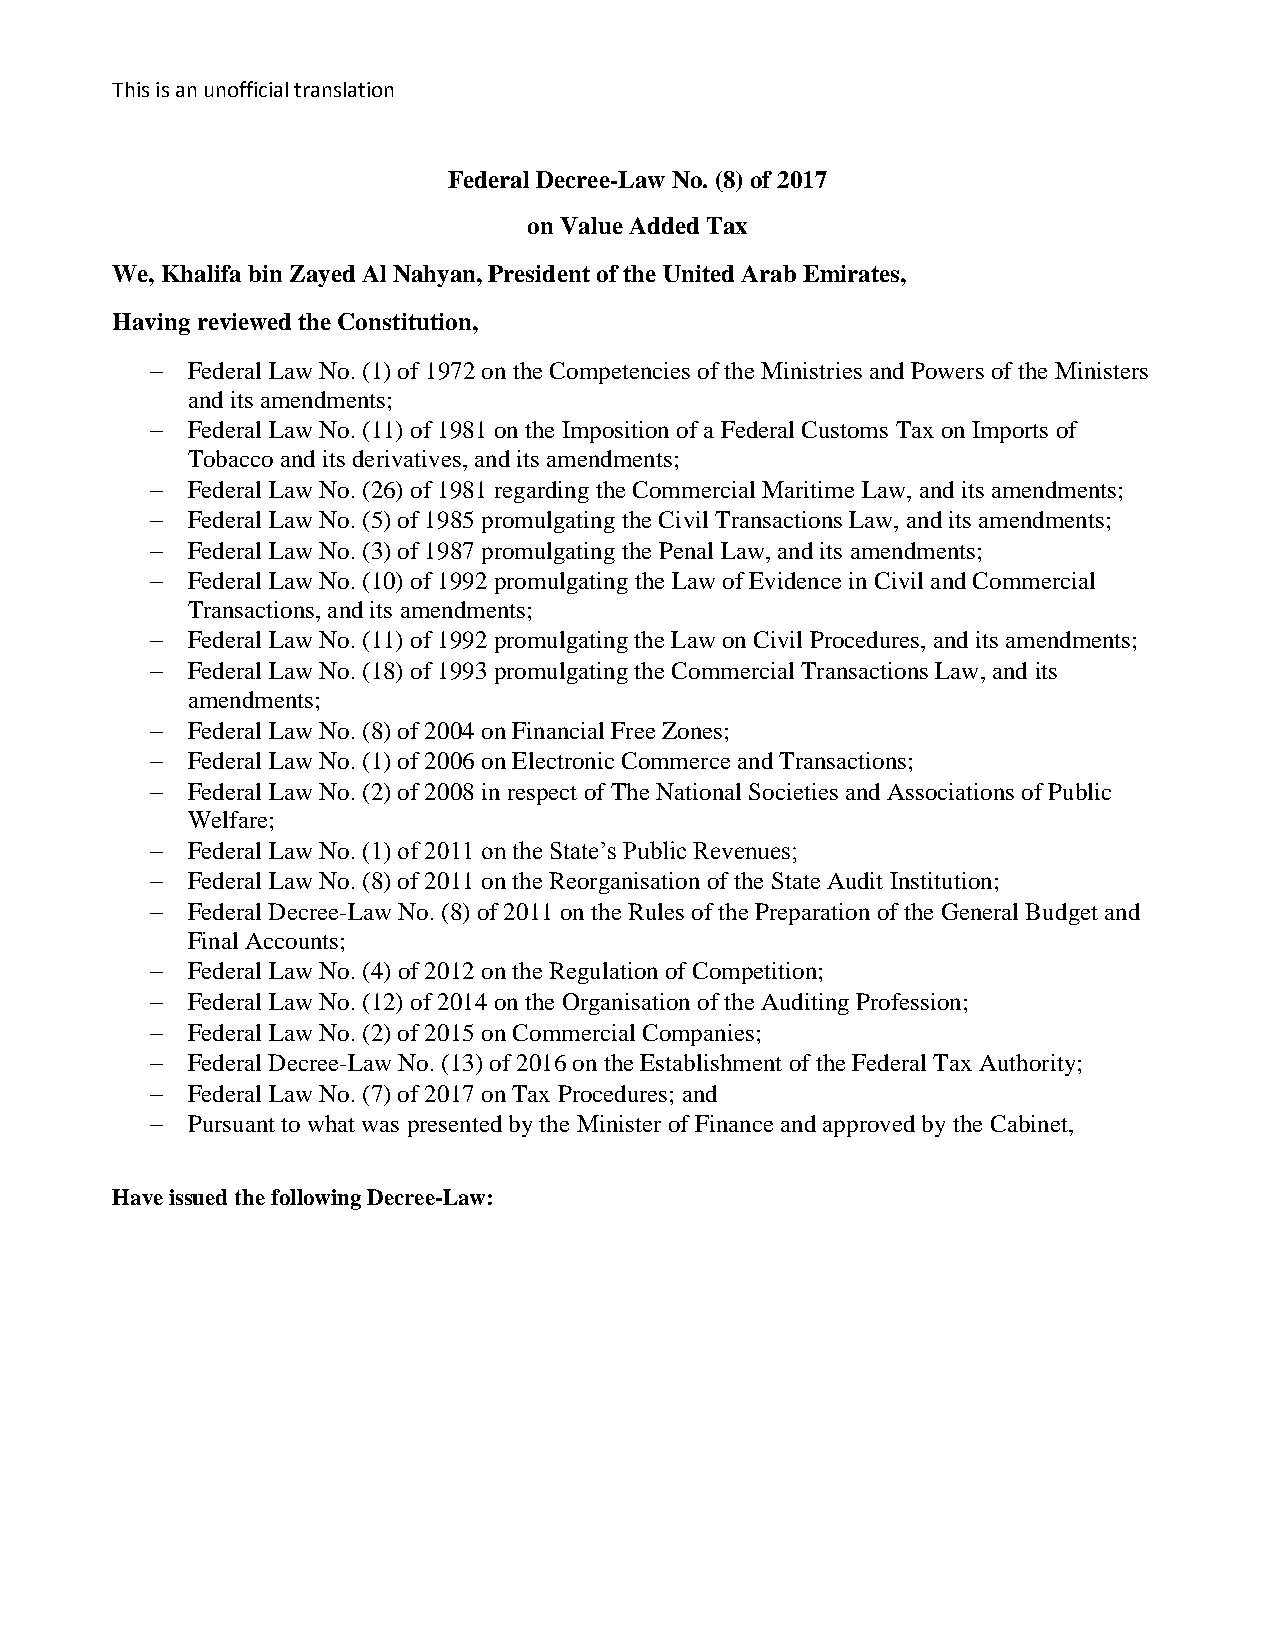
This is an unofficial translation
 Federal Decree-Law No. (8) of 2017
 on Value Added Tax
 We, Khalifa bin Zayed Al Nahyan, President of the United Arab Emirates,
 Having reviewed the Constitution,
  Federal Law No. (1) of 1972 on the Competencies of the Ministries and Powers of the Ministers
 and its amendments;
  Federal Law No. (11) of 1981 on the Imposition of a Federal Customs Tax on Imports of
 Tobacco and its derivatives, and its amendments;
  Federal Law No. (26) of 1981 regarding the Commercial Maritime Law, and its amendments;
  Federal Law No. (5) of 1985 promulgating the Civil Transactions Law, and its amendments;
  Federal Law No. (3) of 1987 promulgating the Penal Law, and its amendments;
  Federal Law No. (10) of 1992 promulgating the Law of Evidence in Civil and Commercial
 Transactions, and its amendments;
  Federal Law No. (11) of 1992 promulgating the Law on Civil Procedures, and its amendments;
  Federal Law No. (18) of 1993 promulgating the Commercial Transactions Law, and its
 amendments;
  Federal Law No. (8) of 2004 on Financial Free Zones;
  Federal Law No. (1) of 2006 on Electronic Commerce and Transactions;
  Federal Law No. (2) of 2008 in respect of The National Societies and Associations of Public
 Welfare;
  Federal Law No. (1) of 2011 on the State’s Public Revenues;
  Federal Law No. (8) of 2011 on the Reorganisation of the State Audit Institution;
  Federal Decree-Law No. (8) of 2011 on the Rules of the Preparation of the General Budget and
 Final Accounts;
  Federal Law No. (4) of 2012 on the Regulation of Competition;
  Federal Law No. (12) of 2014 on the Organisation of the Auditing Profession;
  Federal Law No. (2) of 2015 on Commercial Companies;
  Federal Decree-Law No. (13) of 2016 on the Establishment of the Federal Tax Authority;
  Federal Law No. (7) of 2017 on Tax Procedures; and
  Pursuant to what was presented by the Minister of Finance and approved by the Cabinet,
 Have issued the following Decree-Law: